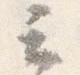
云